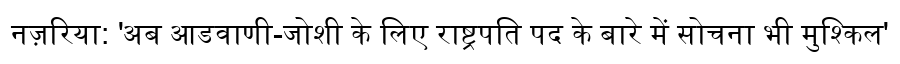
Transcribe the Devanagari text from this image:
नज़रिया: 'अब आडवाणी-जोशी के लिए राष्ट्रपति पद के बारे में सोचना भी मुश्किल'